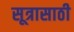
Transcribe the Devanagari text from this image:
सूत्रासाठी